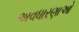
અવધારણાઓ